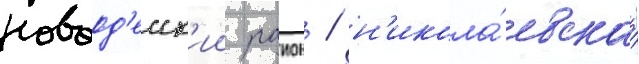
новоод'есск'ии раион / н'икола́евскаа